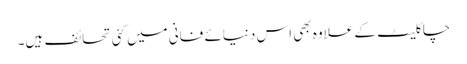
چاکلیٹ کے علاوہ بھی اس دنیائے فانی میں کئی تحائف ہیں۔